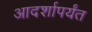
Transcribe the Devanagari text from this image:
आदर्शापर्यंत